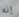
إنه